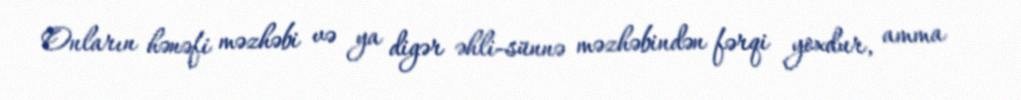
Onların hənəfi məzhəbi və ya digər əhli-sünnə məzhəbindən fərqi yoxdur, amma